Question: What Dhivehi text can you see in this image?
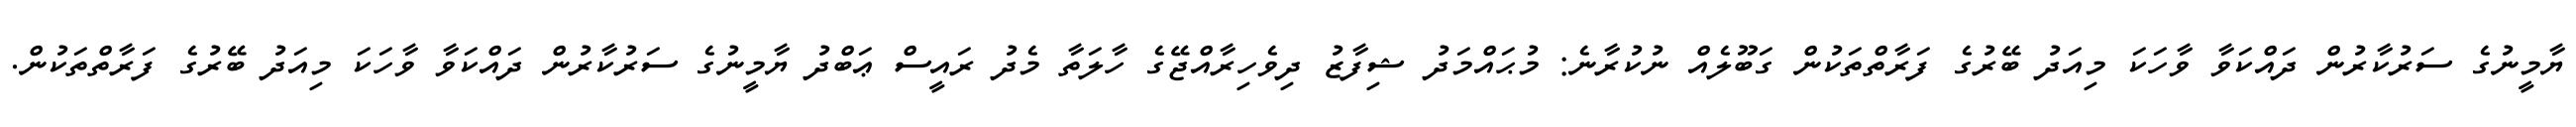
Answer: ޔާމީނުގެ ސަރުކާރުން ދައްކަވާ ވާހަކަ މިއަދު ބޭރުގެ ފަރާތްތަކުން ގަބޫލެއް ނުކުރާނެ: މުޙައްމަދު ޝިފާޒު ދިވެހިރާއްޖޭގެ ހާލަތާ މެދު ރައީސް ޢަބްދު ޔާމީނުގެ ސަރުކާރުން ދައްކަވާ ވާހަކަ މިއަދު ބޭރުގެ ފަރާތްތަކުން.